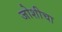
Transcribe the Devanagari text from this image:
जोशीचा